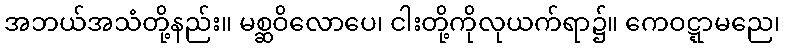
အဘယ်အသံတို့နည်း။ မစ္ဆဝိလောပေ၊ ငါးတို့ကိုလုယက်ရာ၌။ ကေဝဋ္ဋာမညေ၊